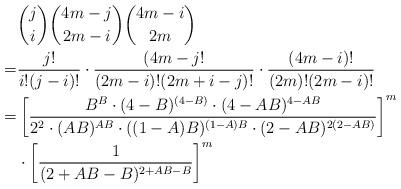
LaTeX: \begin{align*}&{j \choose i}{4m-j \choose 2m-i}{4m-i \choose 2m} \\=&\frac{j!}{i! (j-i)!} \cdot \frac{(4m-j!}{(2m-i)! (2m+i-j)!} \cdot \frac{(4m-i)!}{(2m)! (2m-i)!}\\=&\left[\frac{B^{B} \cdot (4-B)^{(4-B)} \cdot (4-AB)^{4-AB}}{2^{2} \cdot (AB)^{AB} \cdot ((1-A)B)^{(1-A)B} \cdot (2-AB)^{2(2-AB)}}\right]^m\\ &\cdot \left[\frac{1}{(2+AB-B)^{2+AB-B}}\right]^{m}\end{align*}